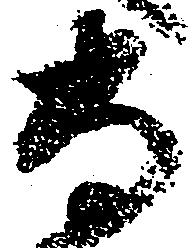
専